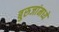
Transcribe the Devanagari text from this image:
बुरुजांमध्ये